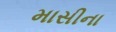
માસીના